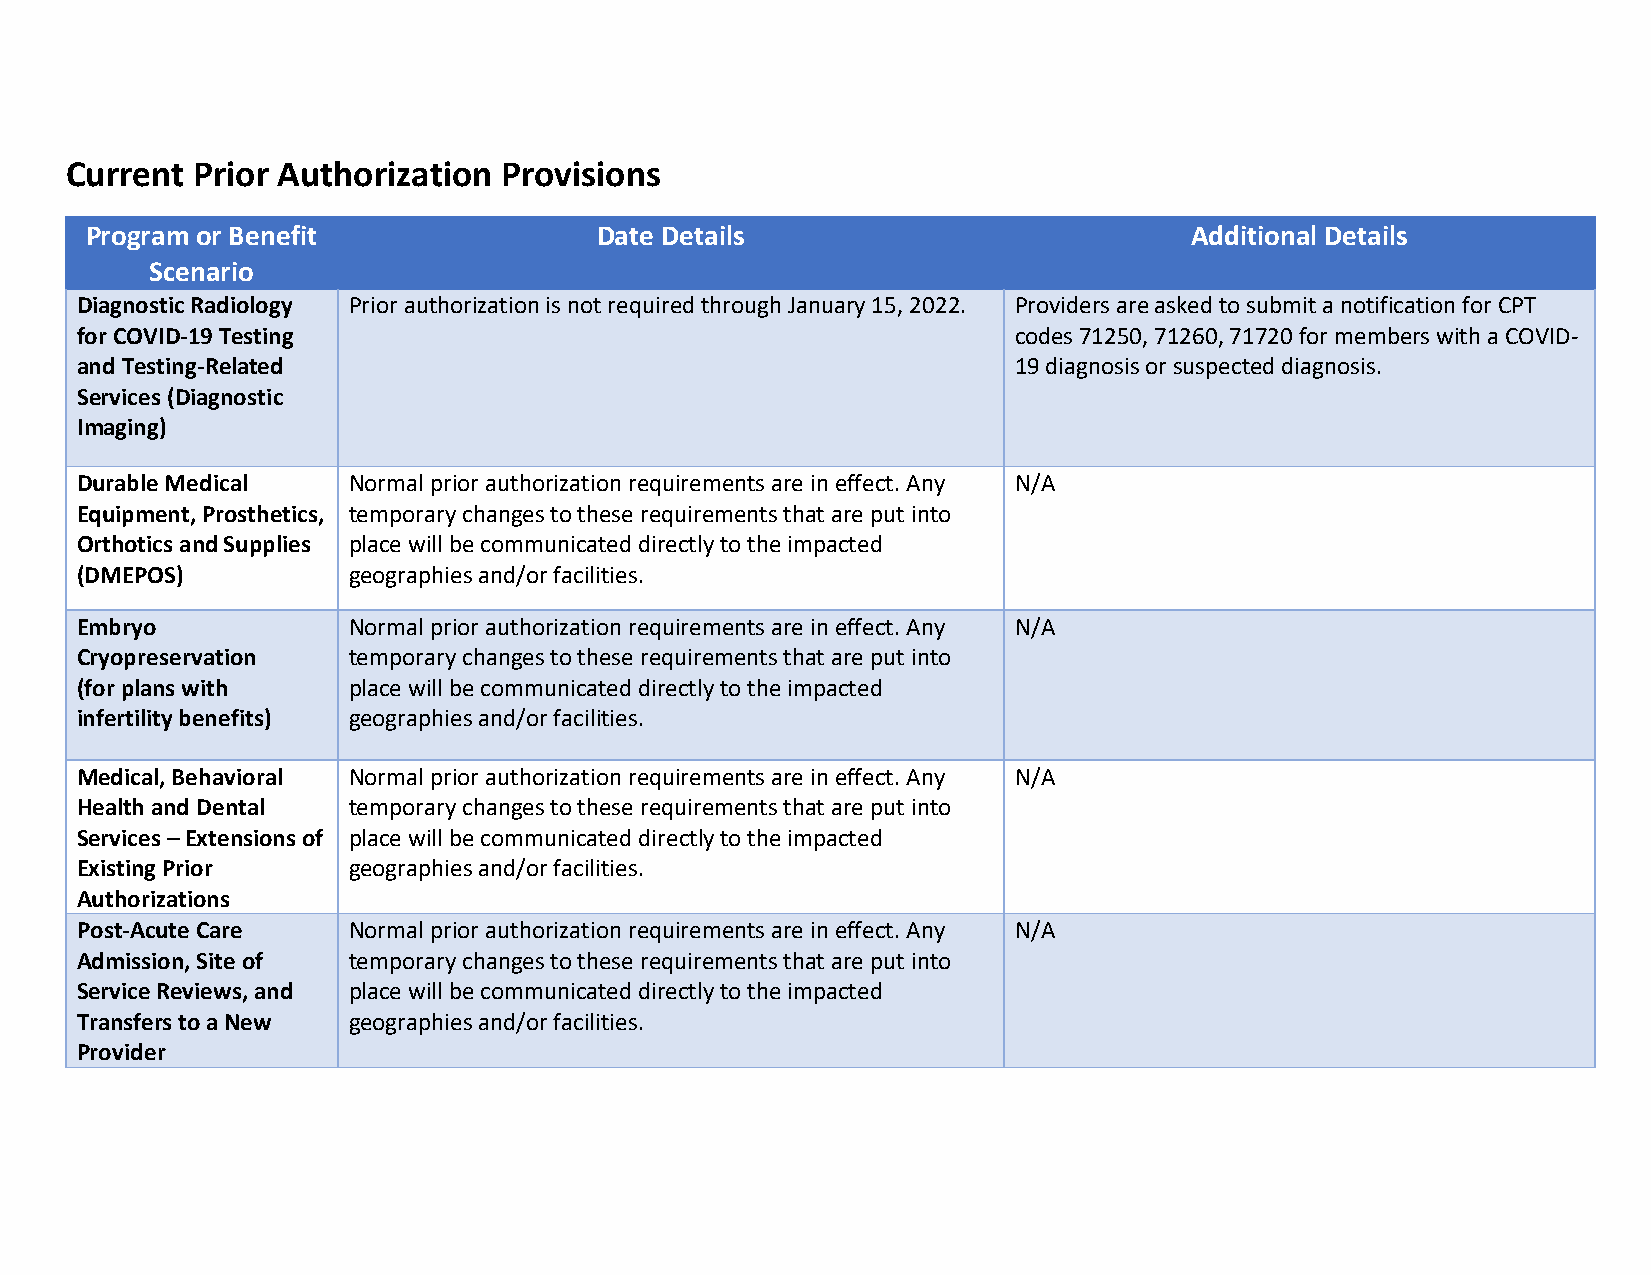
Current  Prior Authorization Provisions
 Program or Benefit               Date Details                            Additional Details
 Scenario
 Diagnostic Radiology Prior authorization is not required through January 15, 2022. Providers are asked to submit a notification for CPT
 for COVID-19 Testing                                          codes 71250, 71260, 71720 for members with a COVID-
 and Testing-Related                                           19 diagnosis or suspected diagnosis.
 Services (Diagnostic
 Imaging)
 Durable Medical   Normal prior authorization requirements are in effect. Any N/A
 Equipment, Prosthetics, temporary changes to these requirements that are put into
 Orthotics and Supplies place will be communicated directly to the impacted
 (DMEPOS)          geographies and/or facilities.
 Embryo            Normal prior authorization requirements are in effect. Any N/A
 Cryopreservation  temporary changes to these requirements that are put into
 (for plans with   place will be communicated directly to the impacted
 infertility benefits) geographies and/or facilities.
 Medical, Behavioral Normal prior authorization requirements are in effect. Any N/A
 Health and Dental temporary changes to these requirements that are put into
 Services – Extensions of place will be communicated directly to the impacted
 Existing Prior    geographies and/or facilities.
 Authorizations
 Post-Acute Care   Normal prior authorization requirements are in effect. Any N/A
 Admission, Site of temporary changes to these requirements that are put into
 Service Reviews, and place will be communicated directly to the impacted
 Transfers to a New geographies and/or facilities.
 Provider